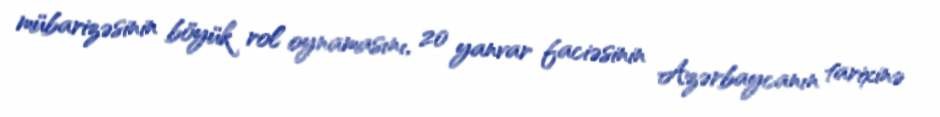
mübarizəsinin böyük rol oynamasını, 20 yanvar faciəsinin Azərbaycanın tarixinə